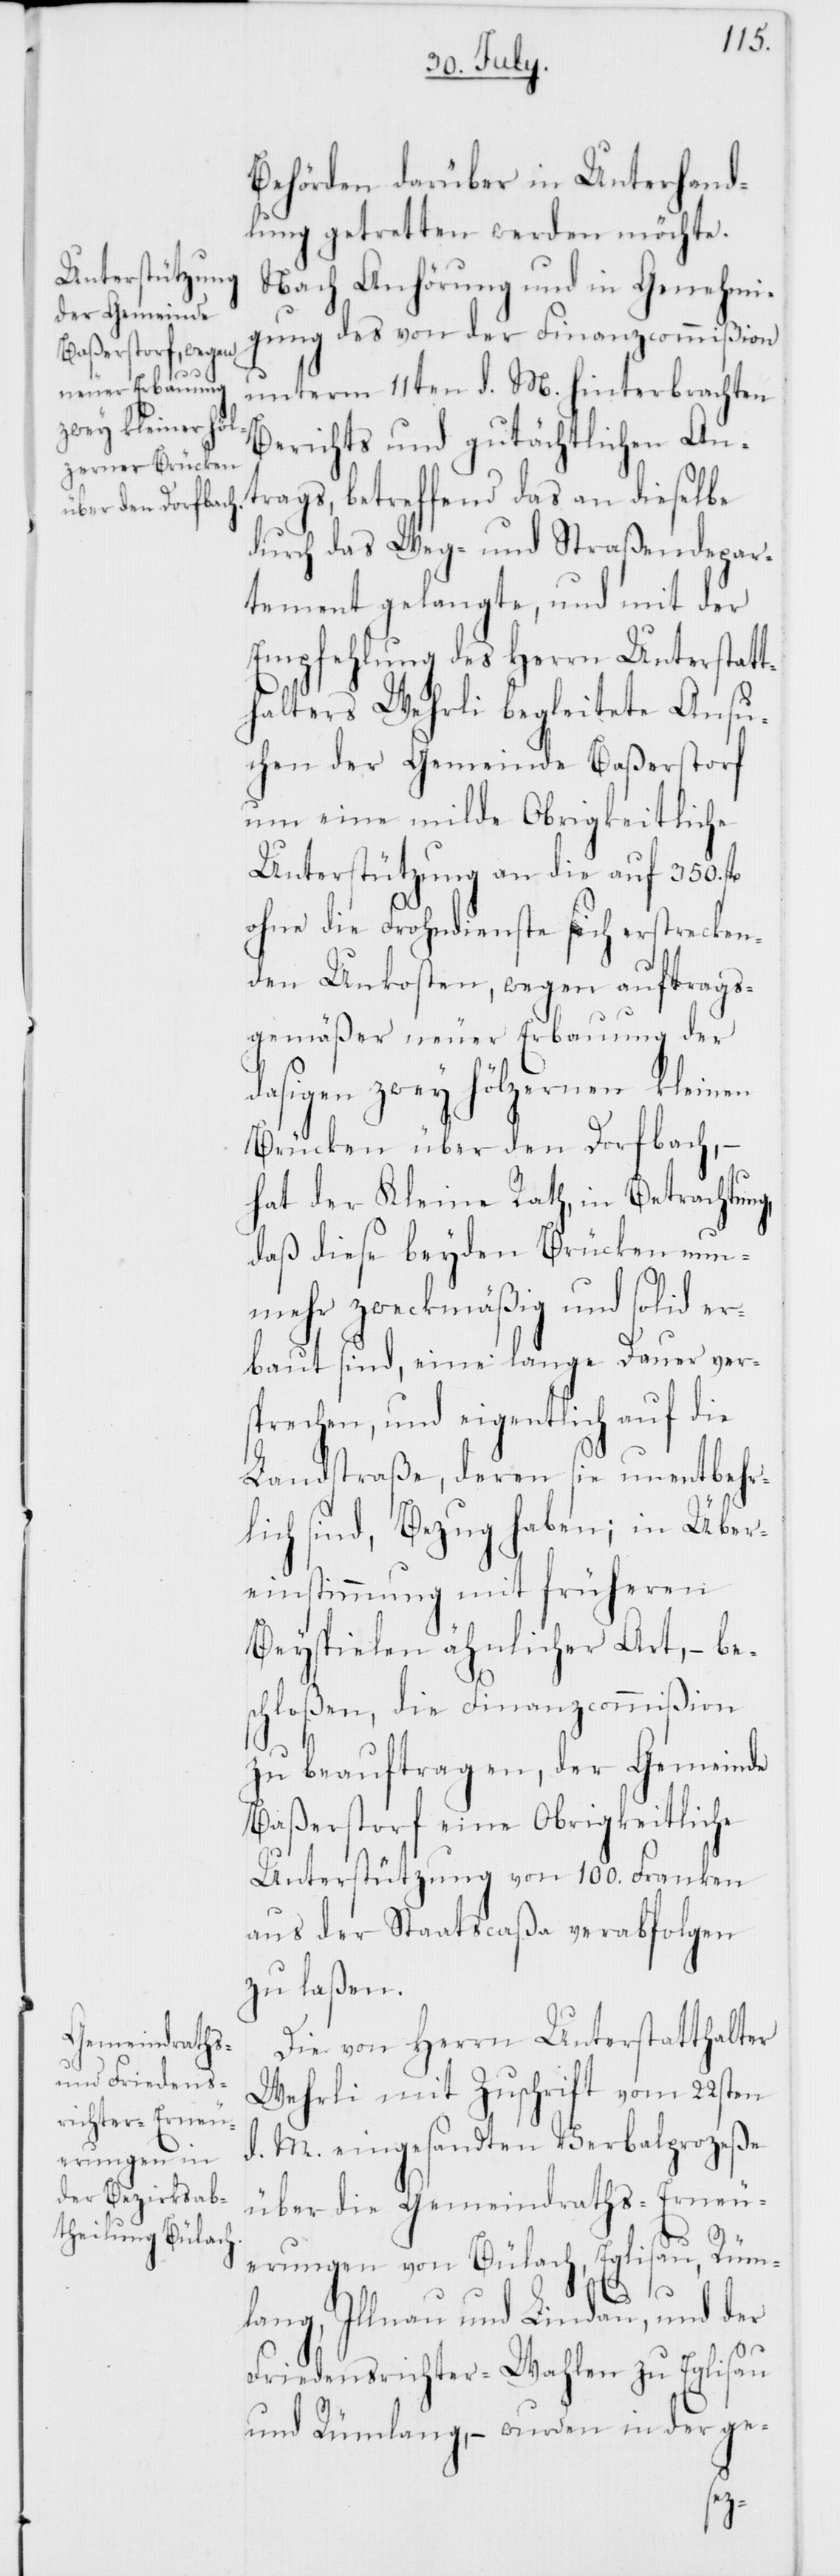
Behörden darüber in Unterhand¬
lung getretten werden möchte.
Nach Anhörung und in Genehmi¬
gung des von der Finanzcommißion
unterm 11ten d. M. hinterbrachten
Berichts und gutächtlichen An¬
trags, betreffend das an dieselbe
durch das Weg- und Straßendepar¬
tement gelangte, und mit der
Empfehlung des Herrn Unterstatt¬
halters Wehrli begleitete Ansu¬
chen der Gemeinde Baßersdorf
um eine milde Obrigkeitliche
Unterstützung an die auf 350. fl.
ohne die Frohndienste sich erstrecken¬
den Unkosten, wegen auftrags¬
gemäßer neuer Erbauung der
dasigen zwey hölzernen kleinen
Brücken über den Dorfbach, –
hat der Kleine Rath, in Betrachtung
daß diese beyden Brücken nun¬
mehr zweckmäßig und solid er¬
baut sind, eine lange Dauer ver¬
sprechen, und eigentlich auf die
Landstraße, deren sie unentbehr¬
lich sind, Bezug haben; in Über¬
einstimmung mit früheren
Beyspielen ähnlicher Art, – be¬
schloßen, die Finanzcommißion
zu beauftragen, der Gemeinde
Baßersdorf eine Obrigkeitliche
Unterstützung von 100. Franken
aus der Staatscaßa verabfolgen
zu laßen.
Die von Herrn Unterstatthalter
Wehrli mit Zuschrift vom 22sten
d. M. eingesandten Verbalprozeße
über die Gemeindraths-Erneu¬
erungen von Bülach, Eglisau, Rüm¬
lang, Illnau und Lindau, und der
Friedensrichter-Wahlen zu Eglisau
und Rümlang, – wurden in der ge-